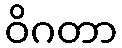
ဝိဂတာ